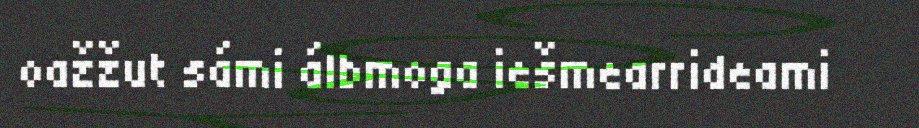
oažžut sámi álbmoga iešmearrideami